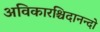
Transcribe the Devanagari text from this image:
अविकारश्चिदानन्दो